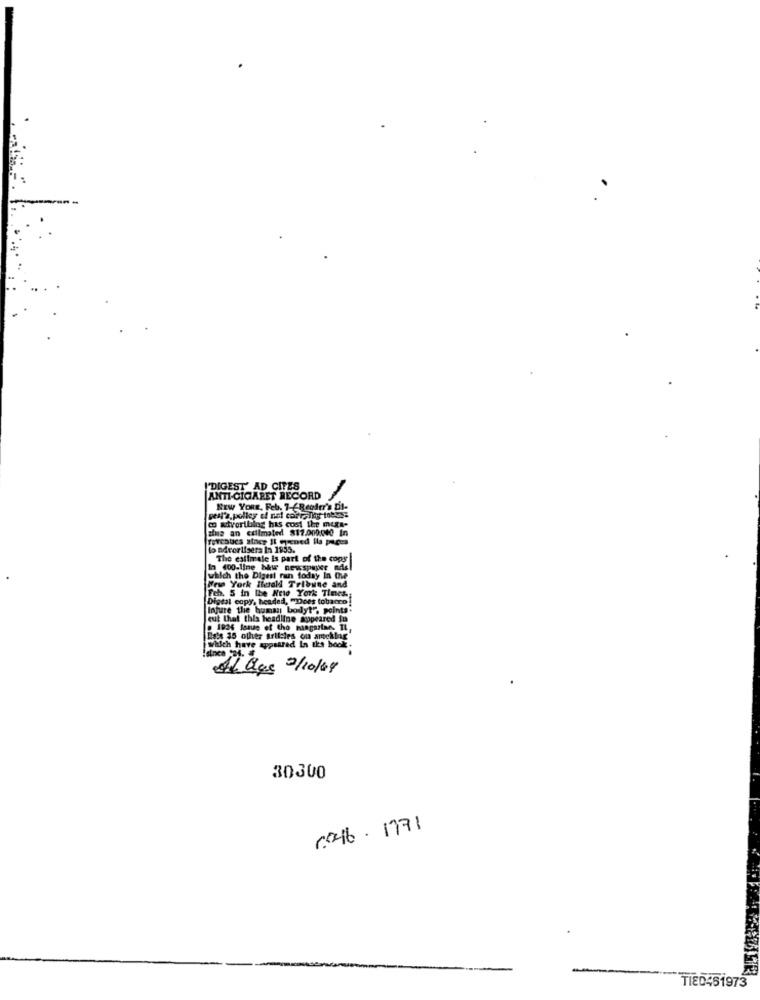
'DIGEST' AD CITES
ANTI-CIGARET RECORD
NEW YORE. Feb. 7-6Reader's Di-
co advortbilog has cost the mugs-
zins an exiimated $17.000040 In
ferchucs atner Il quened ila puces
to advertisers in 1955.
The estimrale is part of the copy
In 400-line bhw newspaper mis
which the Digest ran today In Che
Fch. 5 in the Neto York Times;
New York Iluold Tribune and
Digsal copy, headed, "Does tobacco!
Injure the human bodyt", points-
cut that this headline appeared in
Este 35 other aril:les on ameklag
which have appeared In the book.
Al Que 2/10/04
30300
6046. 1771
TIED461973